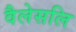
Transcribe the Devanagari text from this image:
वैलेसलि